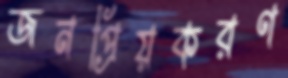
জনপ্রিয়করণ